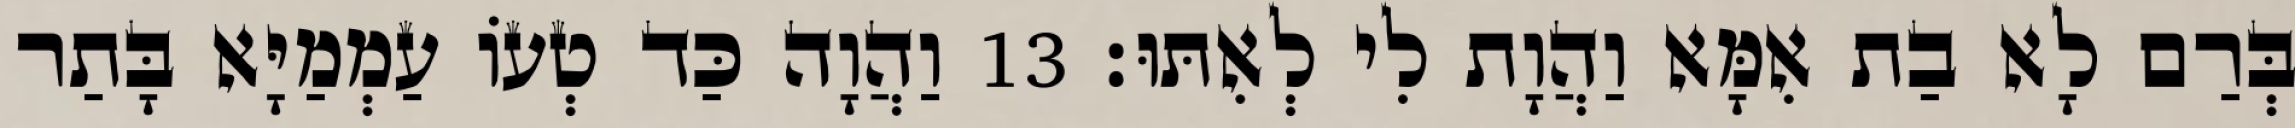
בְּרַם לָא בַת אִמָּא וַהֲוָת לִי לְאִתּוּ׃ 13 וַהֲוָה כַּד טְעוֹ עַמְמַיָּא בָּתַר